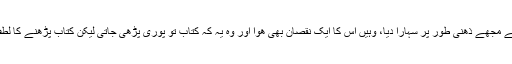
جہاں اس سپیڈ ریڈنگ نے مجھے ذھنی طور پر سہارا دیا، وہیں اس کا ایک نقصان بھی ھوا اور وہ یہ کہ کتاب تو پوری پڑھی جاتی لیکن کتاب پڑھنے کا لطف آھستہ آھستہ جاتا رھا۔